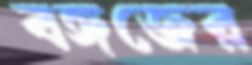
বঙ্গজের